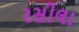
રસીલા